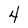
Character: 4